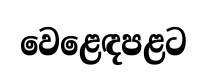
වෙළෙඳපළට